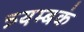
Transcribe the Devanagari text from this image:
त्र्यम्‍बकं